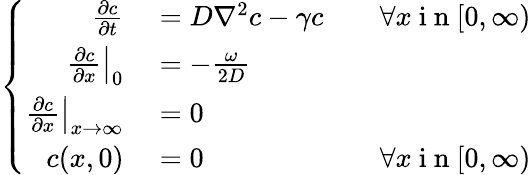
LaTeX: \left\{ \begin{array}{rlr}{\frac{\partial c}{\partial t}}&{{}=D\nabla^{2}c-\gamma c}&{\quad\forall x\mathrm{~i~n~}[0,\infty)}\\ {\left.\frac{\partial c}{\partial x}\right|_{0}}&{{}=-\frac{\omega}{2D}}\\ {\left.\frac{\partial c}{\partial x}\right|_{x\rightarrow\infty}}&{{}=0}\\ {c(x,0)}&{{}=0}&{\forall x\mathrm{~i~n~}[0,\infty)}\end{array}\right.